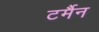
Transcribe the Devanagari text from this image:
टर्मैन